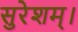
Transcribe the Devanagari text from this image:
सुरेशम्।